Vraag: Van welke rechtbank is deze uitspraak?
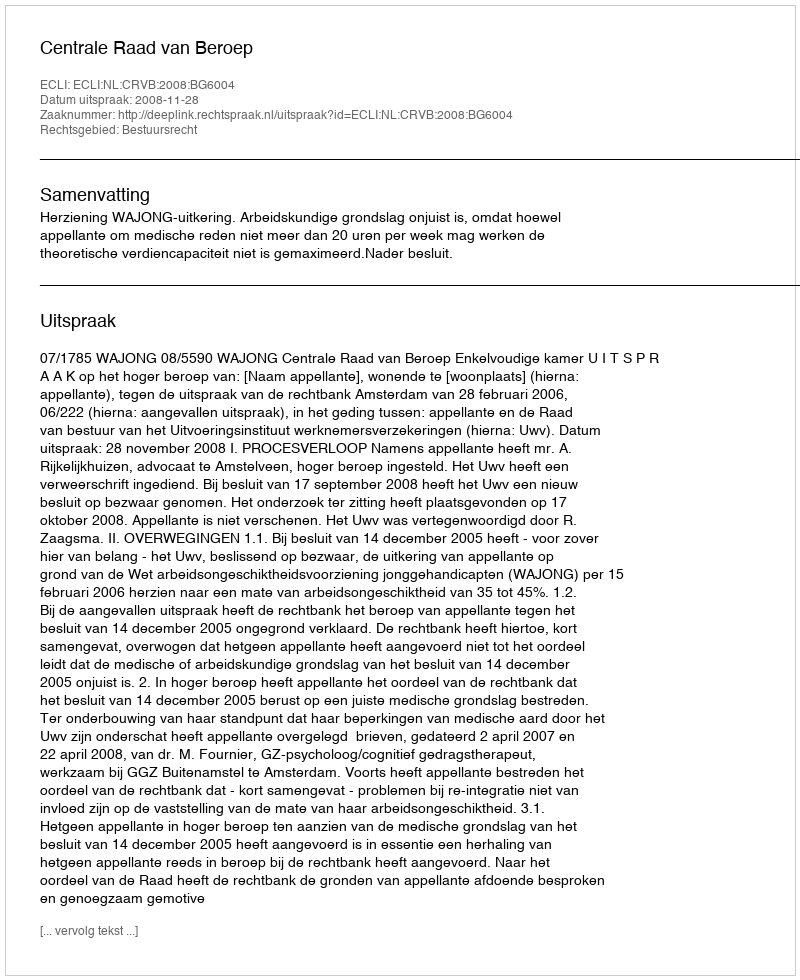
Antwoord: Centrale Raad van Beroep